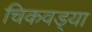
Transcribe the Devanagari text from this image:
चिकवड्या